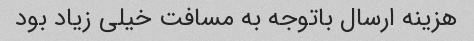
هزینه ارسال باتوجه به مسافت خیلی زیاد بود